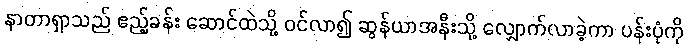
နာတာရှာသည် ဧည့်ခန်း ဆောင်ထဲသို့ ဝင်လာ၍ ဆွန်ယာအနီးသို့ လျှောက်လာခဲ့ကာ ပန်းပုံကို